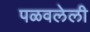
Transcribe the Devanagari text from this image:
पळवलेली